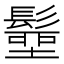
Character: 𩮢